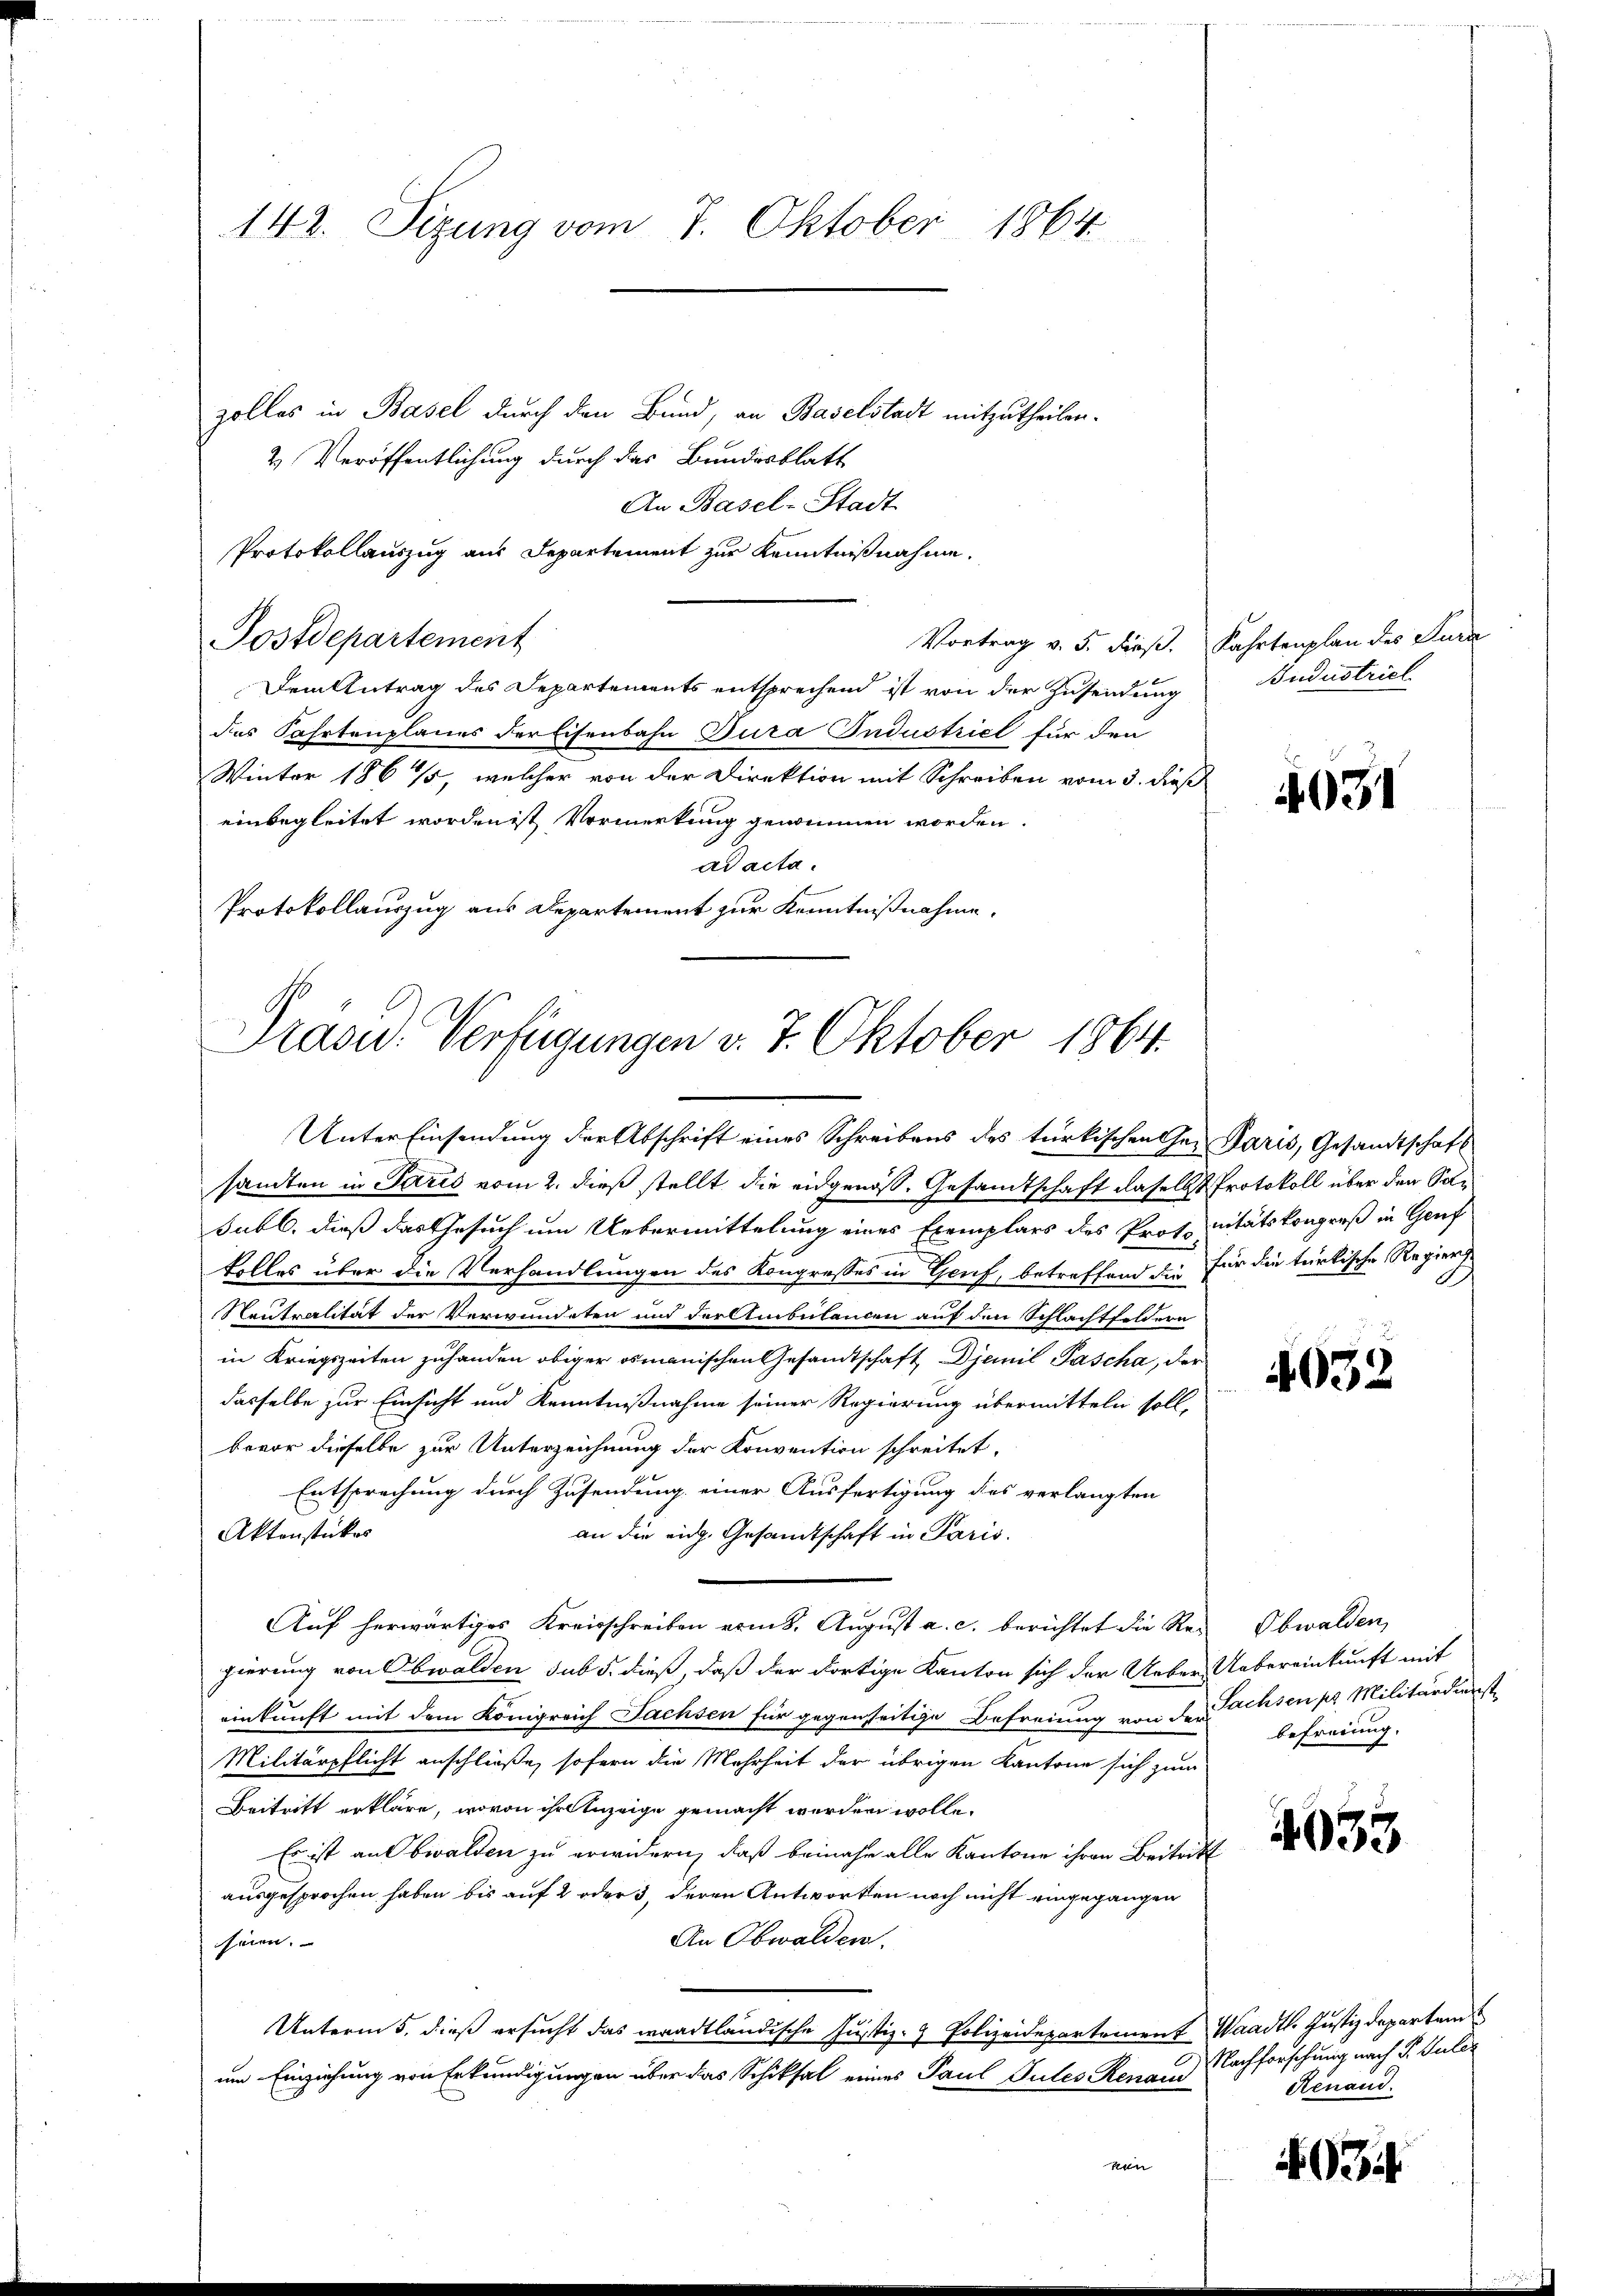
142. Sizung vom 7. Oktober 1864

zolles in Basel durch den Bund, an Baselstadt mitzutheilen.
2 Veröffentlichung durch das Bundesblatt
An Basel-Stadt
Protokollauszug aus Departement zur Kenntnißnahme.
Postdepartement
Vortrag v. 5. dieß. Fahrtenplan des Jura
Dem Antrag des Departements entsprechend ist von der Zusendung
das Fahrtenplanes der Eisenbahn Tura Industriel für den
Winter 186 %, welcher von der Direktion mit Schreiben vom 3. dieß
einbegleitet worden ist Vormerkung genommen worden.
ad acta.
Protokollauszug aus Departement zur Kenntnißnahme.

sandten in Paris vom 2. dieß stellt die eidgenoß. Gesandtschaft daselbst Protokoll über den Solsubl. dieß das Gesuch um Uebermittelung eines Exemplars des Prof. nitätskongreß in Genf
tolles über die Verhandlungen des Kongresses in Genf, betreffend die für die trirkische Regier
Rautralität der Verwundeten und der Ambulancen auf den Schlachtfeldern
in Kriegszeiten zuhanden obiger osmanischen Gesandtschaft Djemil Pascha, der
dasselbe zur Einsicht und Kenntnißnahme seiner Regierung übermitteln soll,
bevor dieselbe zur Unterzeichnung der Konvention schreitet,
Entsprechung durch Zusendung einer Ausfertigung des verlangten
Aktenstückes
an die eidg. Gesandtschaft in Paris.
Auf herwärtiges Kreisschreiben vom 8. August a. c. berichtet die Regierung von Obwalden sub 5. dieß, daß der dortige Kanton sich der Ueber Uebereinkunft mit
einkunft mit dem Königreich Fachsen für gegenseitige Befreiung von der Sachsen pr. Militärdienst
Militärpflicht anschließe, sofern die Mehrheit der übrigen Kantone sich zum
Beitritt erkläre, wovon ihr Anzeige gemacht werden wolle.
Es ist aus bwalden zu erwidern, daß beinahe alle Kantone ihren Beitritt
ausgesprochen haben bis auf 2 oder 3, deren Antworten noch nicht eingegangen
An Obwalden.
henen.
Unterm 5. dieß ersucht das waadtländische Justiz- & Polizeidepartement Waadt. Justizdepartem
um Einziehung von Erkundigungen über das Schiksal eines Paul Pules Renaue Nachforschung nach P. Guter
kun

Präsid.. Verfügungen v. 7. Oktober 1864.
Unter Einsendung der Abschrift eines Schreibens des türkischen Ge- Paris, Gesandtschaft

Budustriel

4631

4632

Obwalden,
befreiung.

4033

Renaud.

34